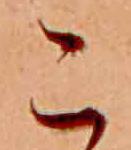
こ